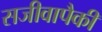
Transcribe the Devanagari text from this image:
सजीवापैकी